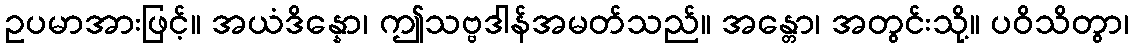
ဥပမာအားဖြင့်။ အယံဒိန္နော၊ ဤသဗ္ဗဒါန်အမတ်သည်။ အန္တော၊ အတွင်းသို့။ ပဝိသိတွာ၊